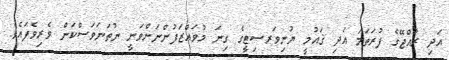
އަދި ރާއްޖޭގެ ފުރަތަމަ އަދި ޤައުމީ ޔުނިވަރސިޓީގެ ގިނަ މުވައްޒަފުންނަށްވަނީ ނުތަނަވަސްކަން ވެރިވެފައެވެ.